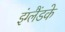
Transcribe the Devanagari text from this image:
इंग्लैंडके